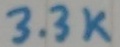
Text: 3.3K